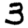
Digit: 3